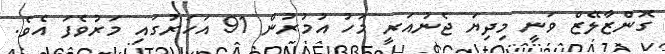
ގޮންޒާލޭޒް ވަނީ މިދިޔަ ޖެނުއަރީ މަހު އުމުރުން 91 އަހަރުގައި މަރުވެފަ އެވެ.